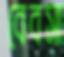
বেবসা